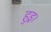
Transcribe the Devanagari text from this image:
हुइ्र।